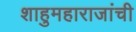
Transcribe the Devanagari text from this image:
शाहुमहाराजांची